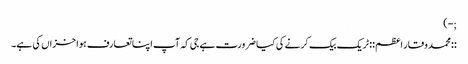
;-)
::محمد وقار اعظم:: ٹریک بیک کرنے کی کیا ضرورت ہے جی کہ آپ اپنا تعارف ہوا خزاں کی ہے۔